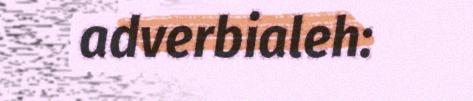
adverbialeh: